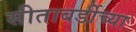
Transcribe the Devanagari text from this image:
सीताबर्डीच्या